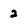
Character: 2